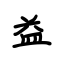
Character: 益